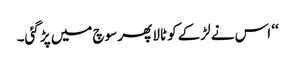
‘‘ اس نے لڑکے کو ٹالا پھر سوچ میں پڑ گئی۔